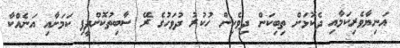
އަނިޔާވެރިކަމާއި ދެކޮޅަށް ތިބިކަން ދިވެހިން ހުކުރު ދުވަހުގެ ރޭ ސާބިތުކޮށްދީފި ކަމަށާއި އަނެއްކާ